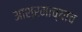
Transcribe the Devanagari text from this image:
आश्रमाच्याच